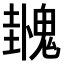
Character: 𫙌